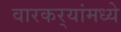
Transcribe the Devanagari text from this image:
वारकर्‍यांमध्ये